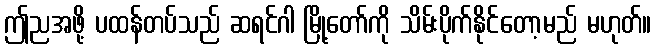
ဤညအဖို့ ပထန်တပ်သည် ဆရင်ဂါ မြို့တော်ကို သိမ်းပိုက်နိုင်တော့မည် မဟုတ်။